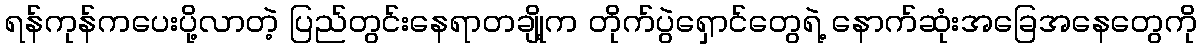
ရန်ကုန်ကပေးပို့လာတဲ့ ပြည်တွင်းနေရာတချို့က တိုက်ပွဲရှောင်တွေရဲ့ နောက်ဆုံးအခြေအနေတွေကို